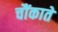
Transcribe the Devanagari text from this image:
चौंकाते